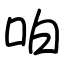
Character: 㕷